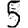
Digit: 5